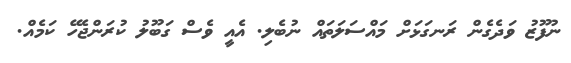
ނުފޫޒު ވަދެގެން ރަނގަޅަށް މައްސަލަތައް ނުބެލި. އެއީ ވެސް ގަބޫލު ކުރަންޖެހޭ ކަމެއް.